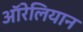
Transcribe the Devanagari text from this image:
ऑरेलियान